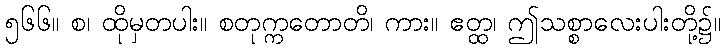
၅၆၆။ စ၊ ထိုမှတပါး။ စတုက္ကတောတိ၊ ကား။ ဧတ္ထ၊ ဤသစ္စာလေးပါးတို့၌။